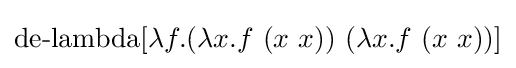
\operatorname {de-lambda} [\lambda f.(\lambda x.f\ (x\ x))\ (\lambda x.f\ (x\ x))]